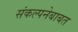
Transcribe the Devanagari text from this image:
संकल्पनेबाबत